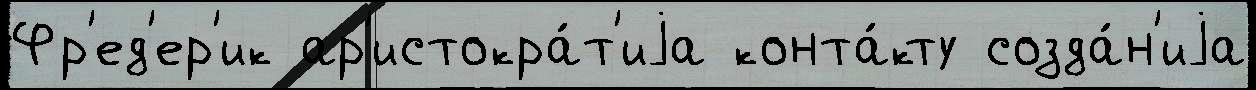
Фр'ед'ер'ик ар'истокра́т'иjа конта́кту созда́н'иjа